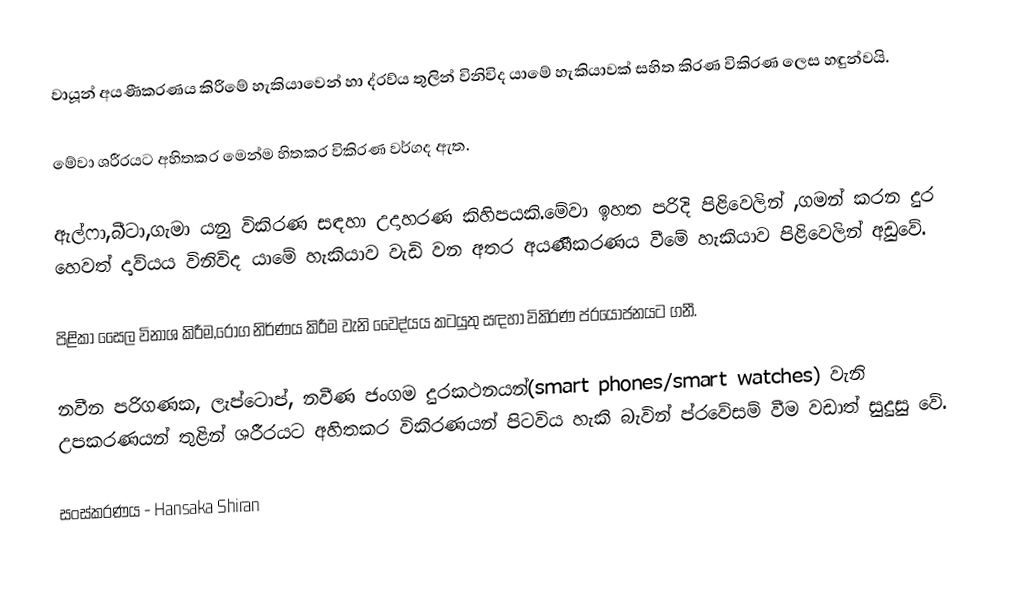
වායූන් අයණීකරණය කිරීමේ හැකියාවෙන් හා ද්රව්ය තුලින්  විනිවිද යාමේ හැකියාවක් සහිත කිරණ විකිරණ ලෙස හඳුන්වයි.

මේවා ශරීරයට අහිතකර මෙන්ම හිතකර විකිරණ වර්ගද ඇත.

ඇල්ෆා,බීටා,ගැමා යනු විකිරණ සඳහා උදාහරණ කිහිපයකි.මේවා ඉහත පරිදි පිළිවෙලින් ,ගමන් කරන දුර හෙවත් දෘව්යය විනිවිද යාමේ හැකියාව වැඩි වන අතර අයණීකරණය වීමේ හැකියාව පිළිවෙලින් අඩුවේ.

පිළිකා සෛල විනාශ කිරීම,රෝග නිර්ණය කිරීම වැනි වෛද්යය කටයුතු සඳහා විකිරණ ප්රයෝජනයට ගනී.

නවීන පරිගණක, ලැප්ටොප්, නවීණ ජංගම දුරකථනයන්(smart phones/smart watches) වැනි උපකරණයන් තුළින් ශරීරයට අහිතකර විකිරණයන් පිටවිය හැකි බැවින් ප්රවේසම් වීම වඩාත් සුදුසු වේ.

සංස්කරණය - Hansaka Shiran